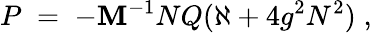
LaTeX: P\; =\; -\mathbf{M}^{-1}NQ(\aleph+4g^{2}N^{2})\; ,